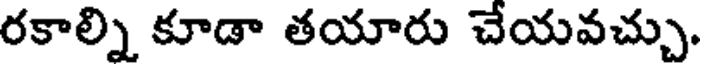
రకాల్ని కూడా తయారు చేయవచ్చు.